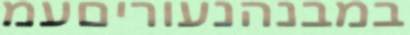
במבנהנעוריםעמ